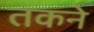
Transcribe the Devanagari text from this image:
तकने